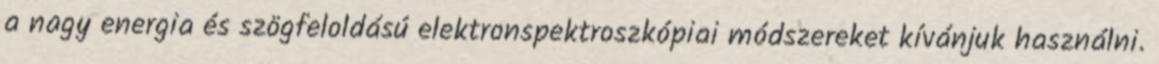
a nagy energia és szögfeloldású elektronspektroszkópiai módszereket kívánjuk használni.